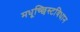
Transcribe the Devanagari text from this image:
मधूच्छिस्टविधान